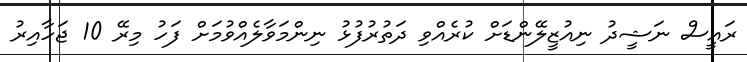
ރައީސް ނަޝީދު ނިއުޒީލޭންޑަށް ކުރެއްވި ދަތުރުފުޅު ނިންމަވާލެއްވުމަށް ފަހު މިރޭ 10 ޖަހާއިރު